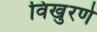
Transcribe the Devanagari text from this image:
विखुरणे